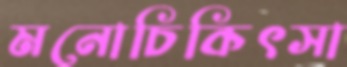
মনোচিকিৎসা